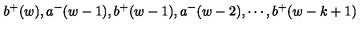
b ^ { + } ( w ) , a ^ { - } ( w - 1 ) , b ^ { + } ( w - 1 ) , a ^ { - } ( w - 2 ) , \cdots , b ^ { + } ( w - k + 1 )